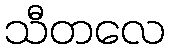
သီတလေ